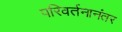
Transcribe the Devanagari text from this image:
परिवर्तनानंतर